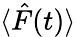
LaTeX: \langle\hat{F}(t)\rangle